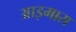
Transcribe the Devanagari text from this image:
आइमारा